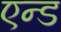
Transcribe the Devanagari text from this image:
एन्‍ड